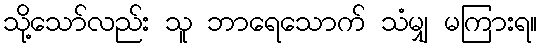
သို့သော်လည်း သူ ဘာရေသောက် သံမျှ မကြားရ။